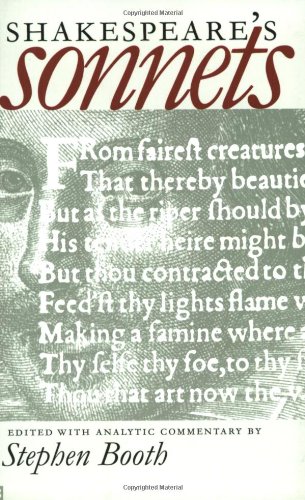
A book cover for Shakespeare's Sonnets (Yale Nota Bene); William Shakespeare; Literature & Fiction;